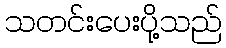
သတင်းပေးပို့သည်